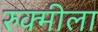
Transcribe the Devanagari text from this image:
रुक्मीला